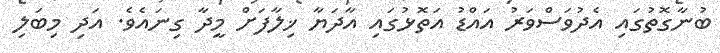
ބުނާގޮތުގައި އެދުވަސްވަރު އައްޑު އަތޮޅުގައި އާދަޔާ ޚިލާފަށް މީދާ ގިނައެވެ. އަދި މިބަލި